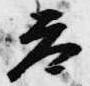
参